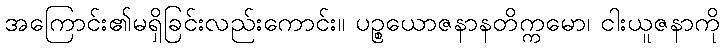
အကြောင်း၏မရှိခြင်းလည်းကောင်း။ ပဉ္စယောဇနာနတိက္ကမော၊ ငါးယူဇနာကို